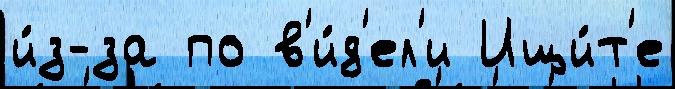
и́з-за по в'и́д'ел'и Ищи́т'е